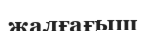
жалғағыш